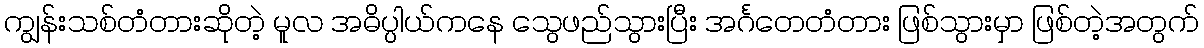
ကျွန်းသစ်တံတားဆိုတဲ့ မူလ အဓိပ္ပါယ်ကနေ သွေဖည်သွားပြီး အင်္ဂတေတံတား ဖြစ်သွားမှာ ဖြစ်တဲ့အတွက်